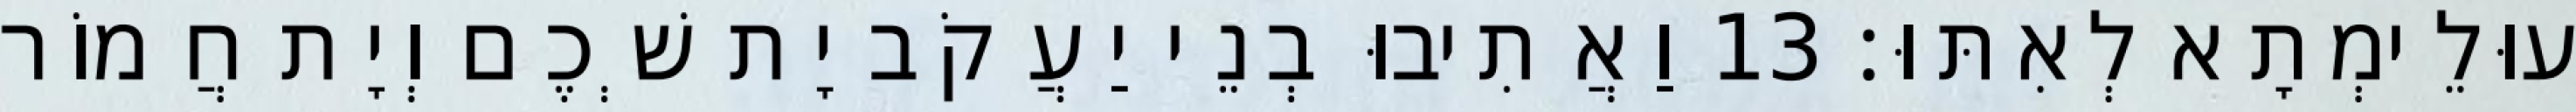
עוּלֵימְתָא לְאִתּוּ׃ 13 וַאֲתִיבוּ בְנֵי יַעֲקֹב יָת שְׁכֶם וְיָת חֲמוֹר